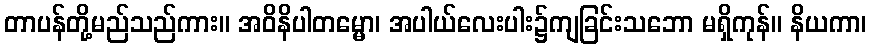
တာပန်တို့မည်သည်ကား။ အဝိနိပါတမ္မော၊ အပါယ်လေးပါး၌ကျခြင်းသဘော မရှိကုန်။ နိယကာ၊